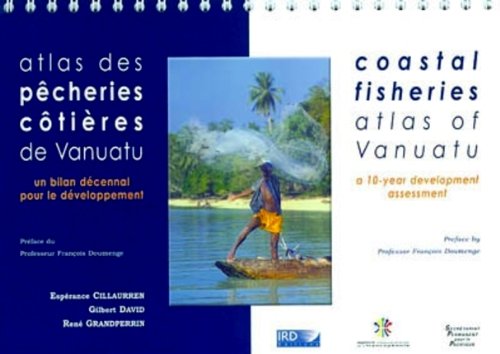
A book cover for atlas des pecheries cotieres de vanuatu. un bilan decennal pour le developpement; Travel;